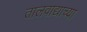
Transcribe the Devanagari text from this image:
तालवाद्याच्या